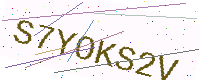
Text: S7YOKS2V